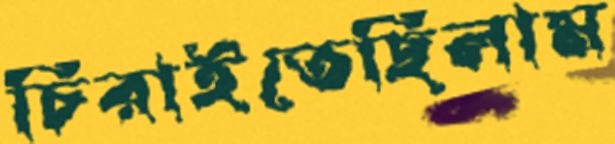
চিরাইতেছিলাম